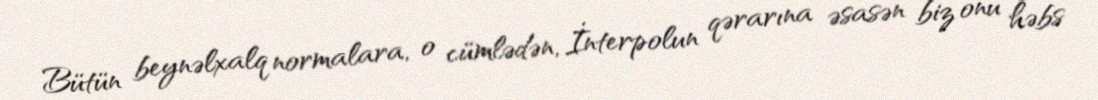
Bütün beynəlxalq normalara, o cümlədən, İnterpolun qərarına əsasən biz onu həbs